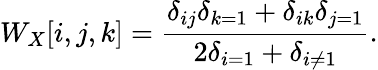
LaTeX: W_{X}[i,j,k]=\frac{\delta_{ij}\delta_{k=1}+\delta_{ik}\delta_{j=1}}{2\delta_{i=1}+\delta_{i\neq 1}}.